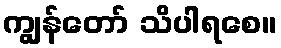
ကျွန်တော် သိပါရစေ။